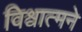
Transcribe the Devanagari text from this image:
विश्वात्मने